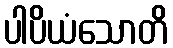
ပါပိယံသောတိ